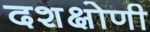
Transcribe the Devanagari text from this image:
दशक्षोणी